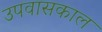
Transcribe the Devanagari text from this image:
उपवासकाल